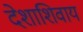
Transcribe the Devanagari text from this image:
देशाशिवाय